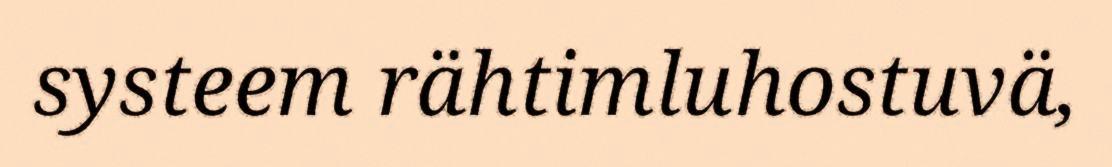
systeem rähtimluhostuvä,